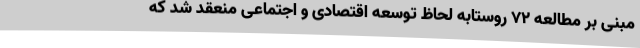
مبنی بر مطالعه 72 روستابه لحاظ توسعه اقتصادی و اجتماعی منعقد شد که